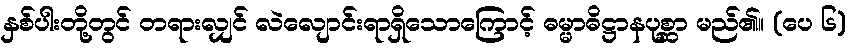
နှစ်ပါးတို့တွင် တရားလျှင် လဲလျောင်းရာရှိသောကြောင့် ဓမ္မာဓိဋ္ဌာနပုစ္ဆာ မည်၏။ (ပေ ၆)